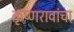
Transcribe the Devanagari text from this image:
कृष्णरावांचा